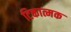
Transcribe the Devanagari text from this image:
टिकात्मक